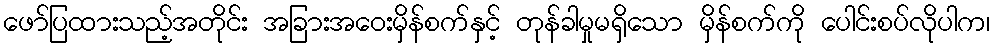
ဖော်ပြထားသည့်အတိုင်း အခြားအဝေးမှိန်စက်နှင့် တုန်ခါမှုမရှိသော မှိန်စက်ကို ပေါင်းစပ်လိုပါက၊